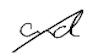
Text: and
Cross-out: diagonal
Writing tool: digital_black